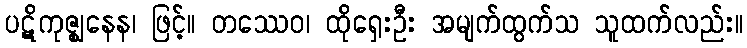
ပဋိကုဇ္ဈနေန၊ ဖြင့်။ တဿေဝ၊ ထိုရှေးဦး အမျက်ထွက်သ သူထက်လည်း။